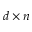
d \times n